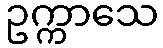
ဥက္ကာသေ